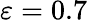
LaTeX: \varepsilon=0.7